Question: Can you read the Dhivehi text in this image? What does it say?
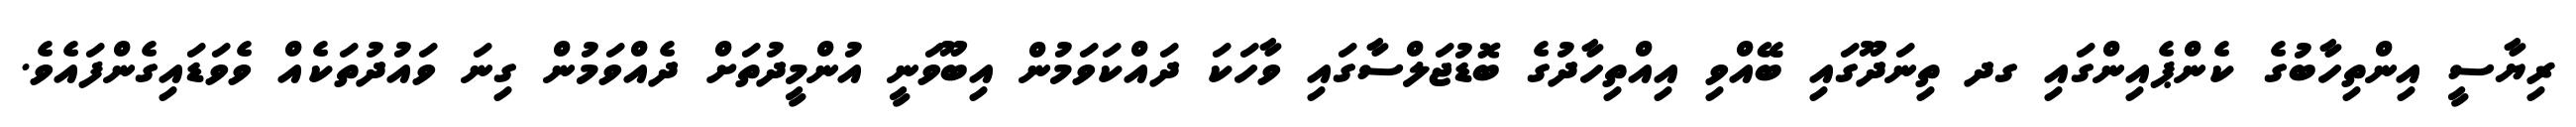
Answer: ރިޔާސީ އިންތިހާބުގެ ކެންޕެއިންގައި ގދ ތިނަދޫގައި ބޭއްވި އިއްތިހާދުގެ ބޮޑުޖަލްސާގައި ވާހަކަ ދައްކަވަމުން އިބޫވަނީ އުންމީދުތަށް ދެއްވަމުން ގިނަ ވައުދުތަކެއް ވެވަޑައިގެންފައެވެ.